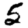
Digit: 5